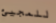
للمجيئ